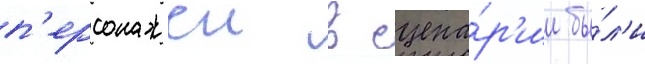
п'ерсонажеи в сцена́р'ии бы́л'и